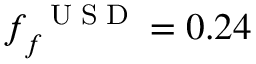
f _ { f } ^ { \mathrm { ~ \tiny ~ U ~ S ~ D ~ } } = 0 . 2 4